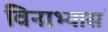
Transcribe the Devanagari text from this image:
विनाभ्यासं